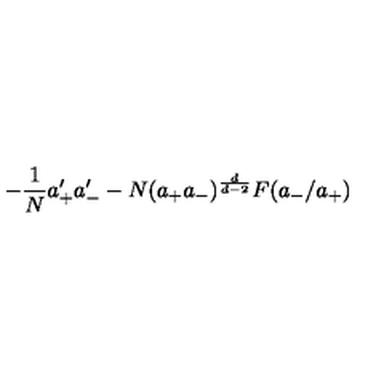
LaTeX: - { \frac { 1 } { N } } a _ { + } ^ { \prime } a _ { - } ^ { \prime } - N ( a _ { + } a _ { - } ) ^ { \frac { d } { d - 2 } } F ( a _ { - } / a _ { + } )